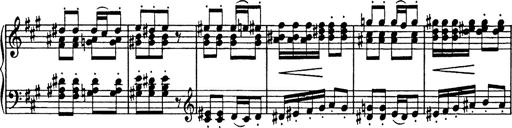
Title: Mephisto Polka
Composer: Franz Liszt